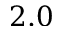
2 . 0